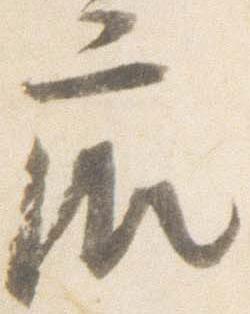
廂